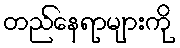
တည်နေရာများကို